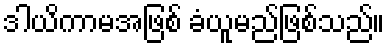
ဒါယိကာမအဖြစ် ခံယူမည်ဖြစ်သည်။